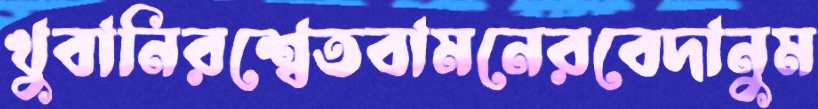
খুবানিরশ্বেতবামনেরবেদানুম